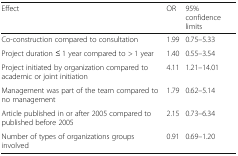
<table><thead><tr><td><b>Effect</b></td><td><b>OR</b></td><td><b>95% confidence limits</b></td></tr></thead><tbody><tr><td>Co-construction compared to consultation</td><td>1.99</td><td>0.75–5.33</td></tr><tr><td>Project duration ≤ 1 year compared to &gt; 1 year</td><td>1.40</td><td>0.55–3.54</td></tr><tr><td>Project initiated by organization compared to academic or joint initiation</td><td>4.11</td><td>1.21–14.01</td></tr><tr><td>Management was part of the team compared to no management</td><td>1.79</td><td>0.62–5.14</td></tr><tr><td>Article published in or after 2005 compared to published before 2005</td><td>2.15</td><td>0.73–6.34</td></tr><tr><td>Number of types of organizations groups involved</td><td>0.91</td><td>0.69–1.20</td></tr></tbody></table>